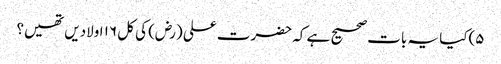
۵)کیا یہ بات صحیح ہے کہ حضرت علی (رض) کی کل ۱۶ اولادیں تھیں؟